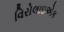
વિરોલાઇએક